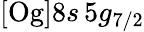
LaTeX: [\mathrm{Og}]8s\, 5g_{7/2}